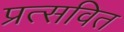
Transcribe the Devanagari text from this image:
प्रत्सवित